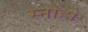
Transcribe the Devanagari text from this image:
स्नोहो